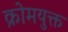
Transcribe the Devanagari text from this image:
क्रोमयुक्त